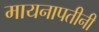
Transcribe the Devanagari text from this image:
मायनापतीनी